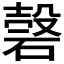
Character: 𥔼